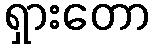
ရှားတော